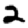
Digit: 2